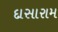
દાસારામ